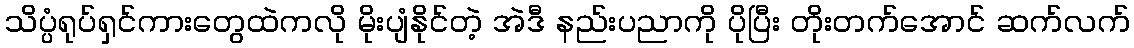
သိပ္ပံရုပ်ရှင်ကားတွေထဲကလို မိုးပျံနိုင်တဲ့ အဲဒီ နည်းပညာကို ပိုပြီး တိုးတက်အောင် ဆက်လက်